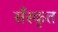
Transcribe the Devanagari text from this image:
सँस्कृत